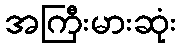
အကြီးမားဆုံး